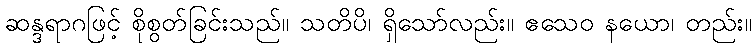
ဆန္ဒရာဂဖြင့် စိုစွတ်ခြင်းသည်။ သတိပိ၊ ရှိသော်လည်း။ ဧသေဝ နယော၊ တည်း။